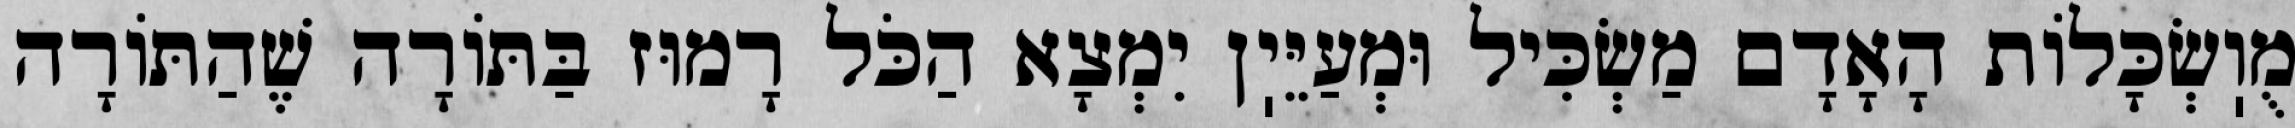
מֻוֽשְׂכָּלוֹת הָאָדָם מַשְׂכִּיל וּמְעַיֵּיֽן יִמְצָא הַכֹּל רָמוּז בַּתּוֹרָה שֶׁהַתּוֹרָה